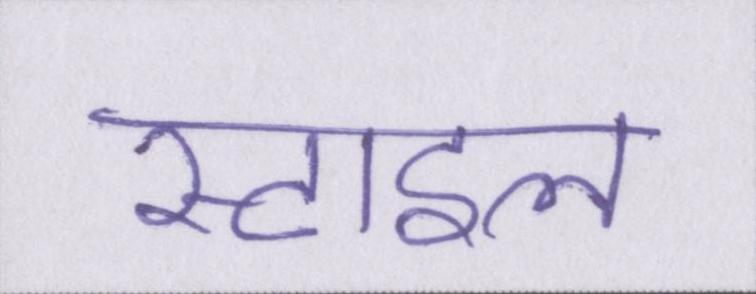
स्टाइल